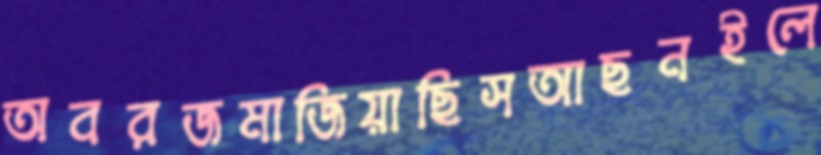
অবরজমাজিয়াছিসআছনইলে